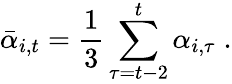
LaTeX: \bar{\alpha}_{i,t}=\frac{1}{3}\sum_{\tau=t-2}^{t}\alpha_{i,\tau}\; .